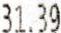
31.39